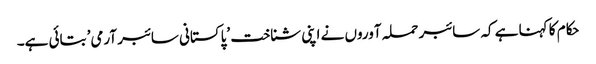
حکام کا کہنا ہے کہ سائبر حملہ آوروں نے اپنی شناخت ’پاکستانی سائبر آرمی’ بتائی ہے۔